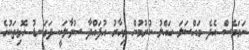
ނަމަވެސް އެދެ މައްސަލަ ހައްލު ކުރުމުން މިހާރު އުފައްދާ ސުވާލަކީ ދަގަނޑު ހޮޅިތަކުގެ